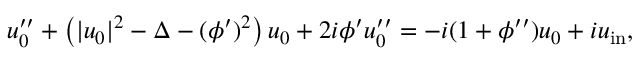
\begin{array} { r } { u _ { 0 } ^ { \prime \prime } + \left( | u _ { 0 } | ^ { 2 } - \Delta - ( \phi ^ { \prime } ) ^ { 2 } \right) u _ { 0 } + 2 i \phi ^ { \prime } u _ { 0 } ^ { \prime \prime } = - i ( 1 + \phi ^ { \prime \prime } ) u _ { 0 } + i u _ { \mathrm { i n } } , } \end{array}